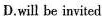
D.will be invited